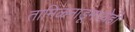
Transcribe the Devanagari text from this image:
तामिळनाडूमध्येही